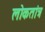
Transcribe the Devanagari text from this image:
लोकतांत्र